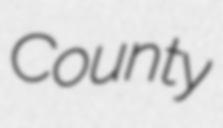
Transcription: County